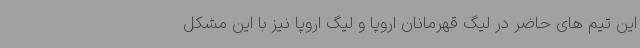
این تیم های حاضر در لیگ قهرمانان اروپا و لیگ اروپا نیز با این مشکل